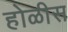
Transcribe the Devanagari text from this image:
होळीस